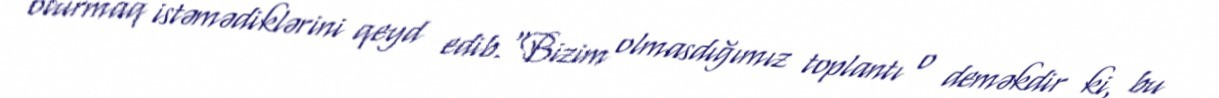
oturmaq istəmədiklərini qeyd edib.“Bizim olmasdığımız toplantı o deməkdir ki, bu